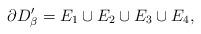
LaTeX: \begin{align*}\partial D'_\beta&=E_1\cup E_2\cup E_3\cup E_4,\end{align*}